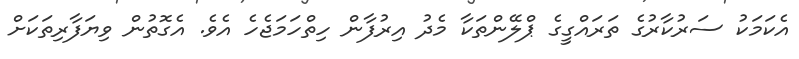
އެކަމަކު ސަރުކާރުގެ ތަރައްގީގެ ޕްލޭންތަކާ މެދު އިރުފާން ހިތްހަމަޖެހެ އެވެ. އެގޮތުން ވިޔަފާރިތަކަށް